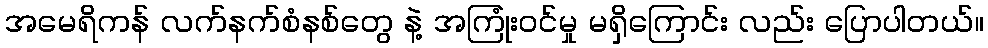
အမေရိကန် လက်နက်စံနစ်တွေ နဲ့ အကြုံးဝင်မှု မရှိကြောင်း လည်း ပြောပါတယ်။